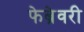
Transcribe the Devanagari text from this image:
फेब्रेवरी